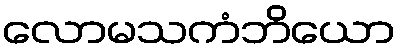
လောမသကံဘိယော